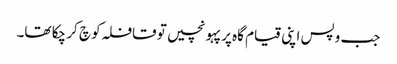
جب وپس اپنی قیام گاہ پر پہو نچیں تو قافلہ کو چ کر چکا تھا۔